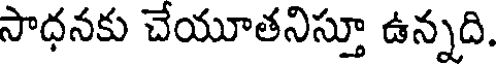
సాధనకు చేయూతనిస్తూ ఉన్నది.